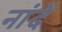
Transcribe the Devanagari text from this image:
नांदें